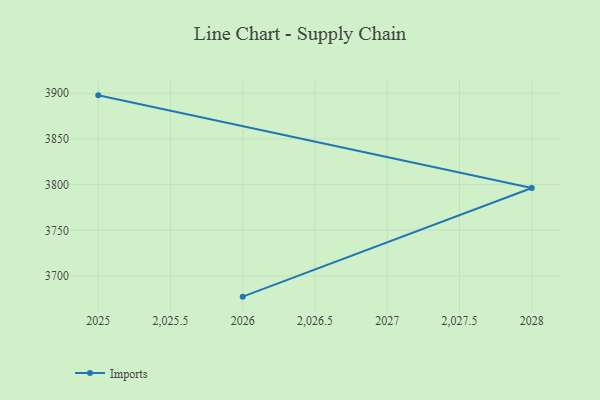
{"axis": {"x": "Year", "y": "Inventory Turnover"}, "legend": ["Imports"], "data": [{"x": "2025", "y": 3897.7, "type": "Imports"}, {"x": "2028", "y": 3796.3, "type": "Imports"}, {"x": "2026", "y": 3677.4, "type": "Imports"}]}